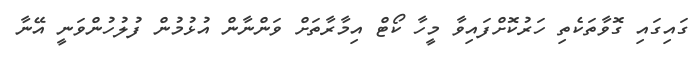
ގައިގައި ގޮވާތަކެތި ހަރުކޮށްފައިވާ މީހާ ކޯޓް އިމާރާތަށް ވަންނާން އުޅުމުން ފުލުހުންވަނީ އޭނާ